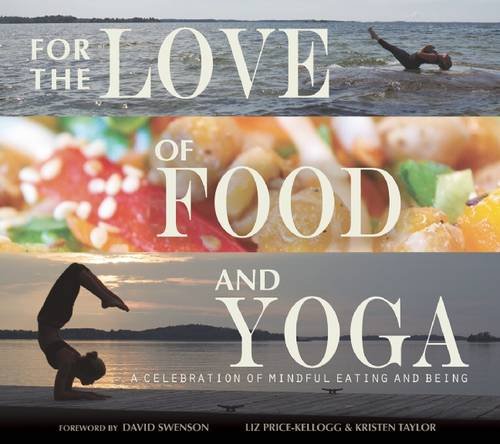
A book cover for For the Love of Food and Yoga: A Celebration of Mindful Eating and Being; Liz Price-Kellogg; Cookbooks, Food & Wine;